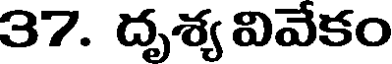
37. దృశ్య వివేకం